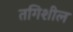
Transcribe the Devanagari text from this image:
तगिशील